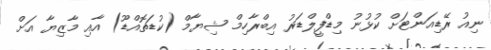
ނިއު ރޭޑިއަންޓަށް ކުޅުނު މިޑްފީލްޑަރު އިބްރާހިމް ޝިޔާމް (ކުޑަތޮއްޑޫ) އާއި މާޒިޔާ އަށް